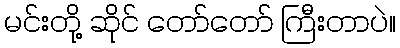
မင်းတို့ ဆိုင် တော်တော် ကြီးတာပဲ။